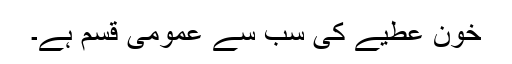
خون عطیے کی سب سے عمومی قسم ہے۔